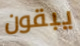
يبقون